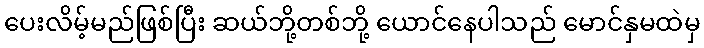
ပေးလိမ့်မည်ဖြစ်ပြီး ဆယ်ဘို့တစ်ဘို့ ယောင်နေပါသည် မောင်နှမထဲမှ